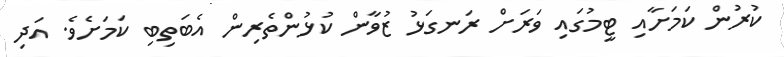
ކުރުން ކަމަށާއި ޓީމުގައި ވަރަށް ރަނގަޅު ޒުވާން ކުޅުންތެރިން އެބަތިބި ކަމަށެވެ. އަދި